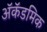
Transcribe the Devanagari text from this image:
अॅकॅडमिक